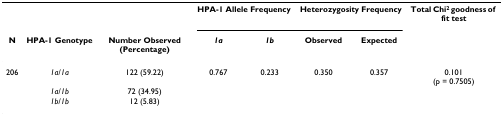
<table><thead><tr><td></td><td></td><td></td><td colspan="2"><b>HPA-1 Allele Frequency</b></td><td colspan="2"><b>Heterozygosity Frequency</b></td><td><b>Total Chi<sup>2 </sup>goodness of fit test</b></td></tr><tr><td><b>N</b></td><td><b>HPA-1 Genotype</b></td><td><b>Number Observed (Percentage)</b></td><td><b><i>1a</i></b></td><td><b><i>1b</i></b></td><td><b>Observed</b></td><td><b>Expected</b></td><td></td></tr></thead><tbody><tr><td>206</td><td><i>1a/1a</i></td><td>122 (59.22)</td><td>0.767</td><td>0.233</td><td>0.350</td><td>0.357</td><td>0.101(p = 0.7505)</td></tr><tr><td></td><td><i>1a/1b</i></td><td>72 (34.95)</td><td></td><td></td><td></td><td></td><td></td></tr><tr><td></td><td><i>1b/1b</i></td><td>12 (5.83)</td><td></td><td></td><td></td><td></td><td></td></tr></tbody></table>